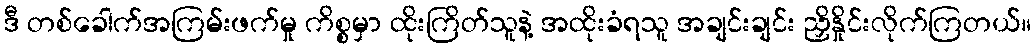
ဒီ တစ်ခေါက်အကြမ်းဖက်မှု ကိစ္စမှာ ထိုးကြိတ်သူနဲ့ အထိုးခံရသူ အချင်းချင်း ညှိနှိုင်းလိုက်ကြတယ်။